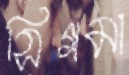
সিগমা